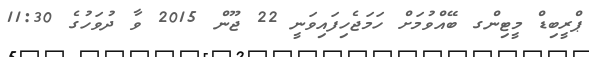
ޕްރީބިޑް މީޓިންގ ބޭއްވުމަށް ހަމަޖެހިފައިވަނީ 22 ޖޫން 2015 ވާ ދުވަހުގެ 11:30